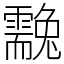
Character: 䨲